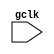
`timescale 1ns / 1ps
//////////////////////////////////////////////////////////////////////////////////
// Company: 
// Engineer: 
// 
// Design Name: 
// Module Name:    lab4 
// Project Name: 
// Target Devices: 
// Tool versions: 
// Description: 
//
// Dependencies: 
//
// Revision: 
// Revision 0.01 - File Created
// Additional Comments: 
//
//////////////////////////////////////////////////////////////////////////////////
`define DEPTH 4
`define WIDTH 32

module lab4 (input gclk);
	wire shift_in = 1'b0;
	wire shift_out = 1'b0;
   wire reset = 1'b0;
	wire full, empty;
	wire [`WIDTH-1:0] data_in = 32'd1;
	wire [`WIDTH-1:0] data_out;

	FIFO #(.DATA(`WIDTH), .SIZE(`DEPTH)) fifo  ( .data_out(data_out),
																.empty(empty),
																.full(full),
																 .shift_in(shift_in), 
																 .shift_out(shift_out), 
																 .reset(reset),
																 .data_in(data_in),
																 .clk(gclk)
																 );

endmodule

module FIFO #(parameter DATA = 32, SIZE = 5) (output [DATA-1:0] data_out, 
                                                    output            empty, 
                                                    output            full,
                                                    input  [DATA-1:0] data_in, 
                                                    input             shift_in, 
                                                    input             shift_out, 
                                                    input             reset,
                                                    input             clk);	
	wire [SIZE-1:0] curr_full;
	wire [(SIZE*DATA)-1:0] data_prev, data_keep, data_done;
	wire [(2*SIZE-1):0] sel_OUT;
	wire check;
	
	assign check = |({data_out, data_done[DATA-2:0]});
	assign full = &({data_out, data_done[DATA-2:0]});
	assign empty = ~check;
	
	fifo_g fifo_stages [SIZE-1:0] (
											.sel			(sel_OUT), 
											.shift_in	({(SIZE){shift_in}}), 
											.shift_out	({(SIZE){shift_out}}), 
											.prev_full	({{curr_full[SIZE-1:1]}, {1'b0}}), 
											.next_full	({{{1'b1}, {curr_full[SIZE-1:1]}}}), 
											.now_full	({{curr_full}}), 
											.clk			({(SIZE){clk}}),
											.reset		({(SIZE){reset}})
											
											);
											
	
	which_data #(.DATA(DATA)) selector_choice [SIZE-1:0](
																	.reset		({(SIZE){reset}}), 
																	.data_out	({data_done[(SIZE*DATA)-1:0]}), 
																	.data_prev	({data_done[(SIZE*DATA)-1:DATA], {DATA{1'bx}}}),
																	.data_in		({(SIZE){data_in}}), 
																	.data_keep	({data_done[(SIZE*DATA)-1:0]}),
																	.sel			(sel_OUT),
																	.clk			({(SIZE){clk}})
												
														);
	
	
	cellFull f_module [SIZE-1:0](
	
												  .oc_curr_out					(curr_full),
												  .sel							(sel_OUT),
												  .oc_curr_in					(curr_full),
												  .oc_prev						({{curr_full[SIZE-1:1]}, {1'b0}}),
												  .res							({(SIZE){reset}}),
												  .clk							({(SIZE){clk}})
									 
									 );
									 
	assign data_out = data_done[(SIZE*DATA)-1:(SIZE*DATA)-DATA];
	
endmodule

/*
module fifo_stage #(parameter DATA = 32) (data_out, data_prev,data_in, data_keep,sel,clk);
	input [DATA-1:0] data_prev, data_in, data_keep;
	input [1:0] sel;
	input clk;
	reg [DATA-1:0] value;
	output reg [DATA-1:0] data_out;
	
	always @(*) begin
		casez(sel)
			2'b00: value = data_keep;
			2'b01: value = data_in;
			2'b11: value = data_prev;
			default: value = data_keep;
		endcase
	end
	
	always @(posedge clk)begin
		data_out <= value;
	end

endmodule


module select_FSM (sel, shift_in, shift_out, prev_full, next_full, now_full, clk);
	input shift_in, shift_out, prev_full, next_full, now_full, clk;
	output reg [1:0] sel;
	reg [1:0] next;
	parameter HOLD = 2'd0;
	parameter S_IN = 2'd1;
	parameter S_OUT = 2'b11;
	
	always @(*) begin
		casez({shift_in, shift_out, now_full, next_full, prev_full})
			
			// Shift_IN Logic, aka Data_Input
			5'b10010: next = S_IN;
			5'b10000: next = S_IN;
			5'b111?0: next = S_IN;
			
			// Shift Out Logic, aka Data_Previous
			5'b111?1: next = S_OUT;
			5'b011?1: next = S_OUT;
			5'b011?0: next = S_OUT;
			
			// Hold Logic, aka Data_Keep or Data_Current
			5'b001??: next = HOLD;
			5'b??0?1: next = HOLD;
			5'b010?1: next = HOLD;
			5'b00???: next = HOLD;
			default: next = HOLD;
		endcase
	end
	
	always @(posedge clk) begin
		sel <= next;
	end
	
endmodule

*/
module cellFull(output reg oc_curr_out,
                input      [1:0]sel,
                input      oc_curr_in,
                input	   oc_prev,
                input      res,
                input      clk);

parameter data_keep = 2'b00;
parameter data_in   = 2'b01;
parameter data_prev = 2'b11;

reg result;

always @ (*) begin
	if (res == 1'b0) begin
        if (sel == data_keep)
            result = oc_curr_in;
        else if (sel == data_prev)
            result = oc_prev;
        else if (sel == data_in)
            result = 1'b1;
        else
            result = 1'b0;
	end
	else
		result = 1'b0;
end

always @ (posedge clk) begin
		oc_curr_out <= result;
end

endmodule


module fifo_g (sel, shift_in, shift_out, prev_full, next_full, now_full, reset, clk);
	input shift_in, shift_out, prev_full, next_full, now_full, reset, clk;
	output reg [1:0] sel;
	reg [1:0] next;
	parameter HOLD = 2'b00;
	parameter S_IN = 2'b01;
	parameter S_OUT = 2'b10;
	parameter RESET = 2'b11;
	
	always @(*) begin
		casez({shift_in, shift_out, now_full, next_full, prev_full, reset})
			// Shift_IN Logic, aka Data_Input
			6'b1001?0: next = S_IN;
			//6'b100000: next = S_IN;
			6'b111?00: next = S_IN;
			
			// Shift Out Logic, aka Data_Previous
			//6'b?1???0: next = S_OUT;
			//6'b?11100: next = S_OUT;
			6'b111?10: next = S_OUT;
			6'b01???0: next = S_OUT;
			//6'b011?00: next = S_OUT;
			
			// Hold Logic, aka Data_Keep or Data_Current
			//6'b001??0: next = HOLD;
			//6'b??0?10: next = HOLD;
			//6'b010000: next = HOLD;
			6'b00???0: next = HOLD;
			6'b101?10: next = HOLD;
			
			//Reset
			6'b?????1: next = RESET;
			
			//Default
			default: next = HOLD;
		endcase
	end
	
	always @(posedge clk) begin
		sel <= next;
	end
	
endmodule

module which_data #(parameter DATA = 32) (clk, reset, data_out, data_prev, data_in, data_keep, sel);

	input [DATA-1:0] data_prev, data_in, data_keep;
	input [1:0] sel;
	input clk, reset;
	output reg [DATA-1:0] data_out;
	
	reg [DATA-1:0] value;
	
	always @(*) begin
		casez(sel)
			2'b00: value = data_keep; 
			2'b01: value = data_in;
			2'b10: value = data_prev;
			2'b11: value = {(DATA){1'bx}};
			default: value = data_keep;
		endcase
	end
	
	always @(posedge clk)begin
		data_out <= value;
	end

endmodule

module LFSR(out, clk);
	input clk;
	output reg [7:0] out;
	reg [7:0]bits = 7'b1000000;
	
	always @ (posedge clk) begin
		bits[0] <= ((bits[7] ^ bits[4]) ^ bits[3]) ^ bits[1];
		bits[7:1] <= bits[6:0];
	end
	
	always @ (*) begin
		out = bits;
	end
endmodule